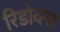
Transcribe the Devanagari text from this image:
रिडोक्स